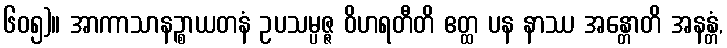
၆၀၅)။ အာကာသာနဉ္စာယတနံ ဥပသမ္ပဇ္ဇ ဝိဟရတီတိ ဧတ္ထ ပန နာဿ အန္တောတိ အနန္တံ,